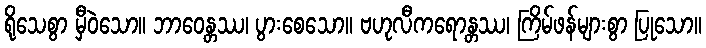
ရိုသေစွာ မှီဝဲသော။ ဘာဝေန္တဿ၊ ပွားစေသော။ ဗဟုလီကရောန္တဿ၊ ကြိမ်ဖန်များစွာ ပြုသော။